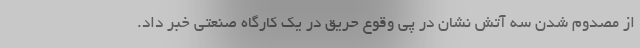
از مصدوم شدن سه آتش نشان در پی وقوع حریق در یک کارگاه صنعتی خبر داد.